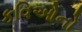
કવિઓનો